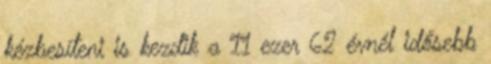
kézbesíteni is kezdik a 11 ezer 62 évnél idősebb